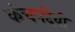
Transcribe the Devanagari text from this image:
कंचनदेवी